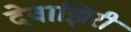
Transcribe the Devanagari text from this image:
देवाझिरी